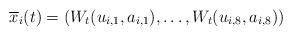
LaTeX: \begin{align*}\overline x_{i}(t)=(W_t(u_{i,1},a_{i,1}),\dots,W_t(u_{i,8},a_{i,8}))\end{align*}